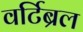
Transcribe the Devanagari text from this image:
वर्टिब्रल